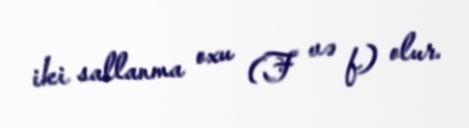
iki sallanma oxu (F və f) olur.